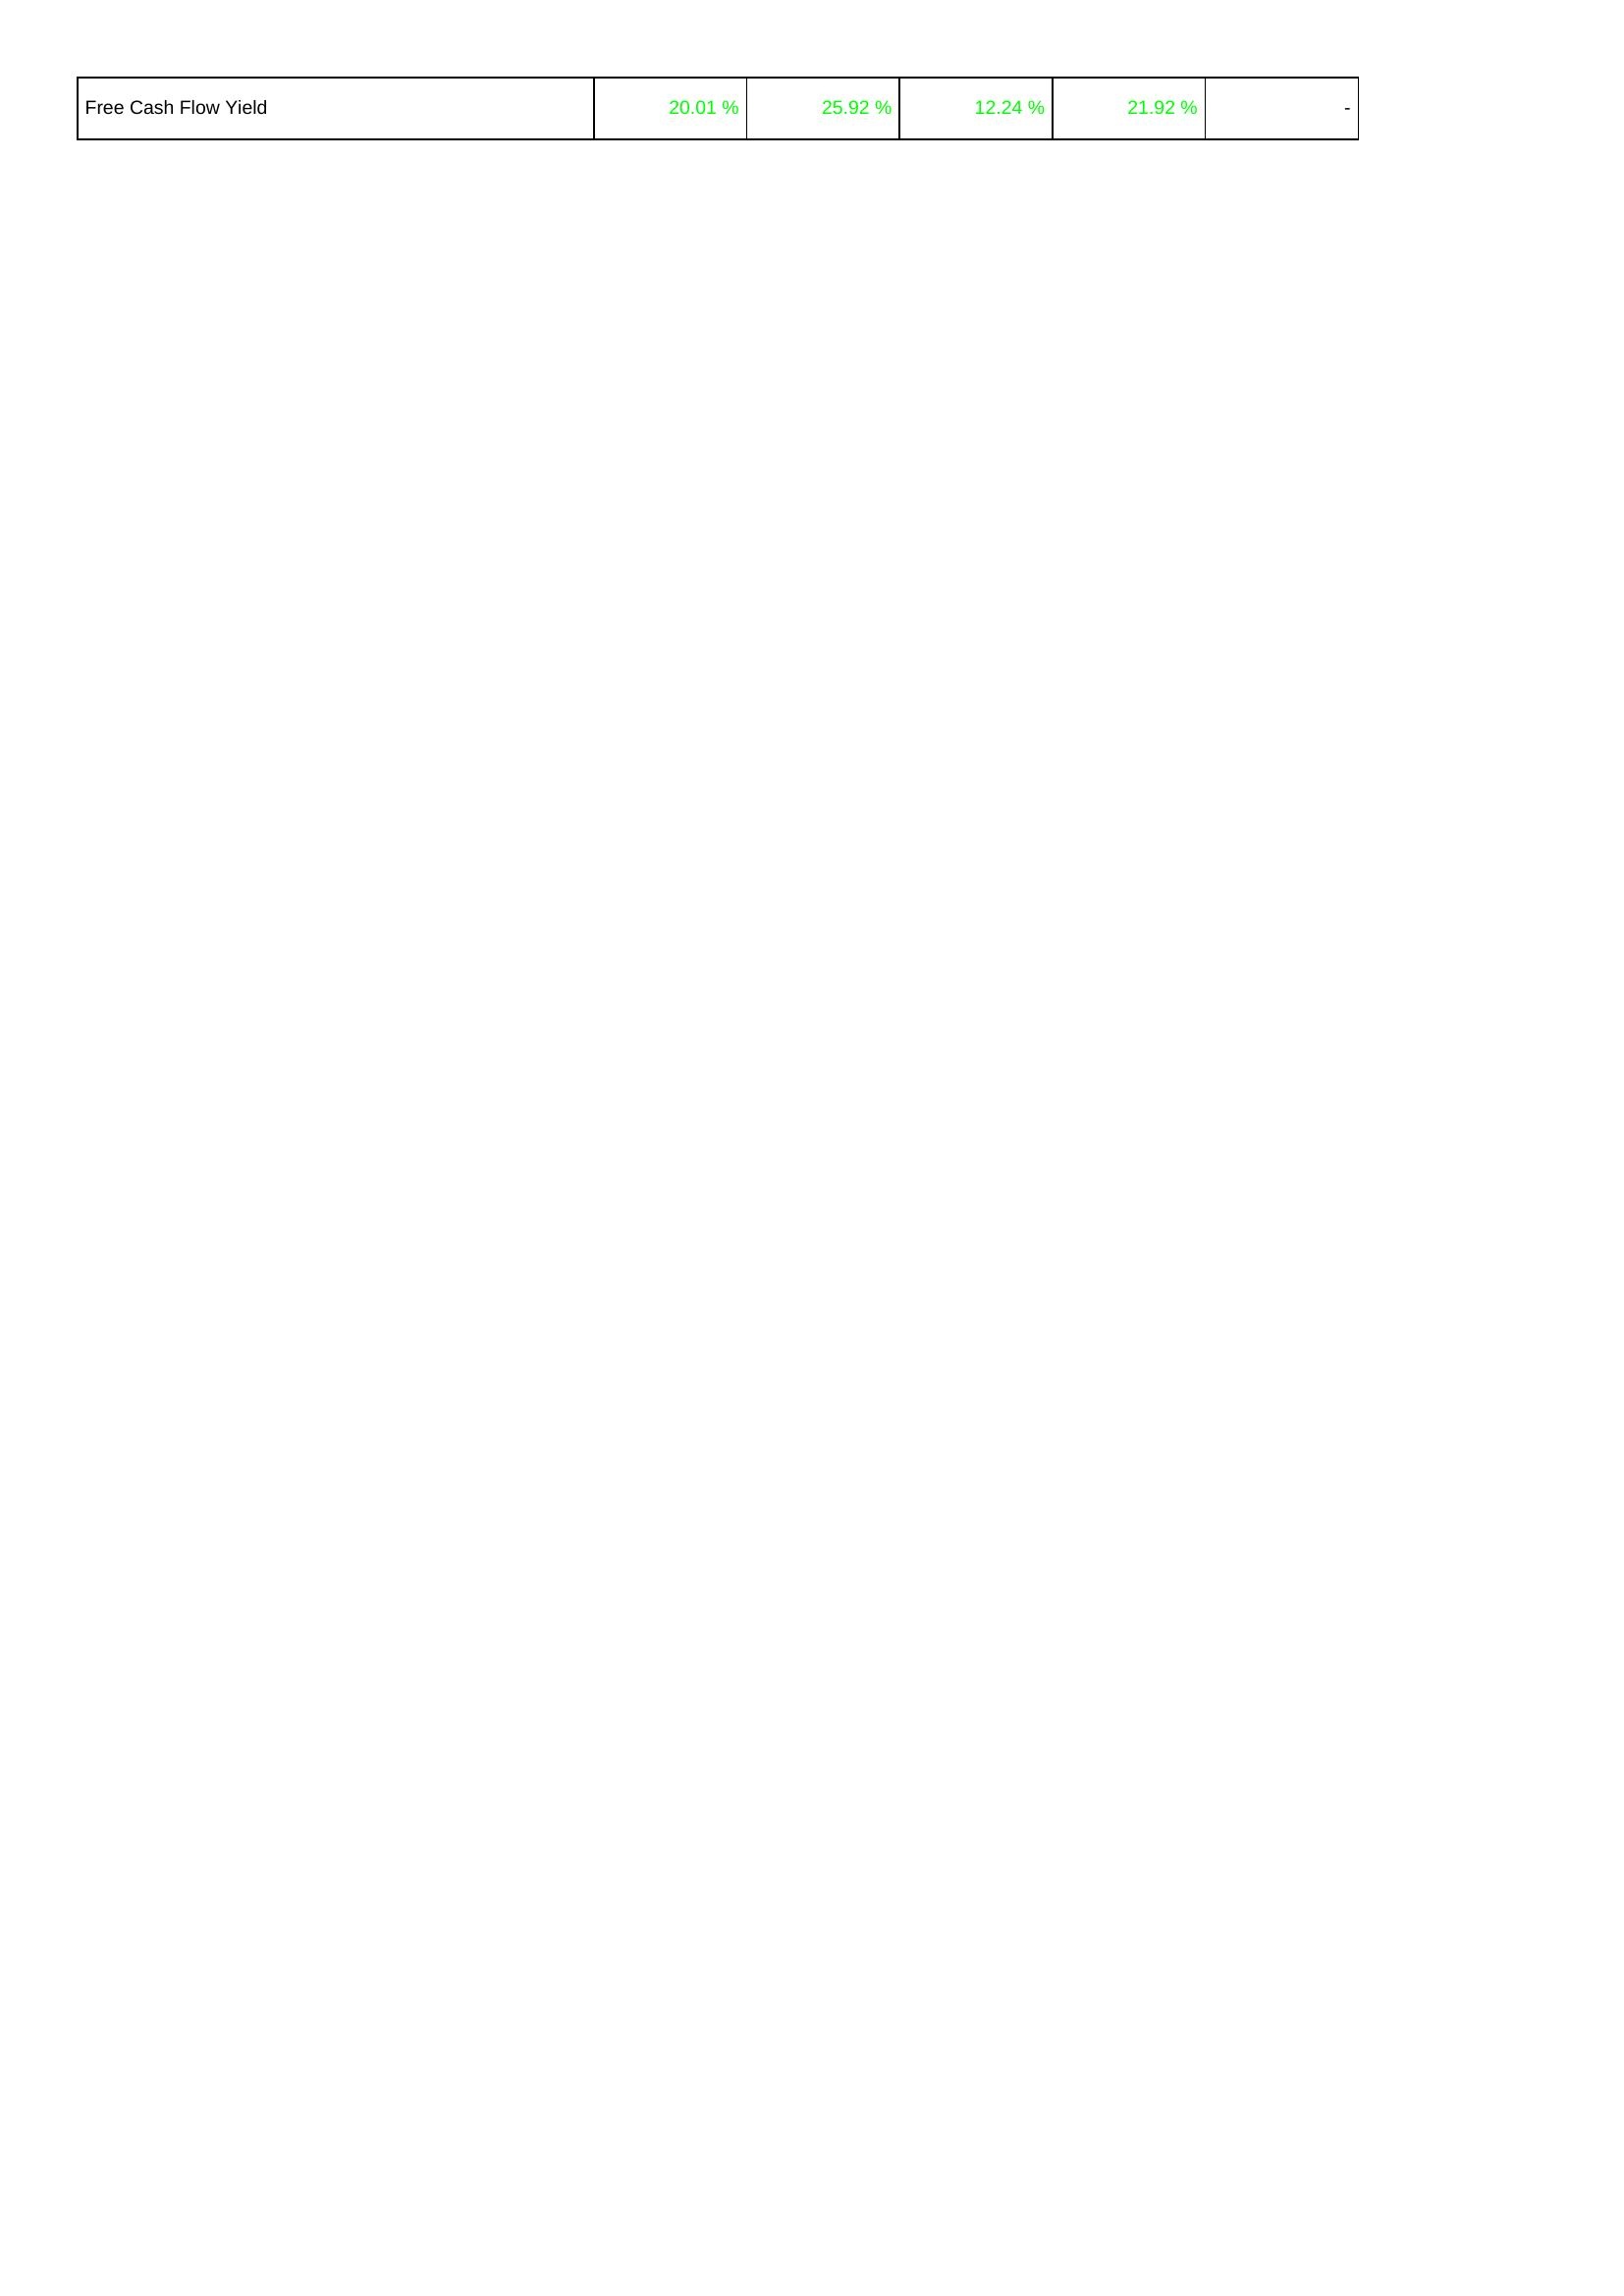
2009: Financing Activities: Free Cash Flow Yield: 20.01 %
2010: Financing Activities: Free Cash Flow Yield: 25.92 %
2011: Financing Activities: Free Cash Flow Yield: 12.24 %
2012: Financing Activities: Free Cash Flow Yield: 21.92 %
2013: Financing Activities: Free Cash Flow Yield: -